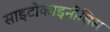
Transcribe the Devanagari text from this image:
साइटोकाइनीसिस